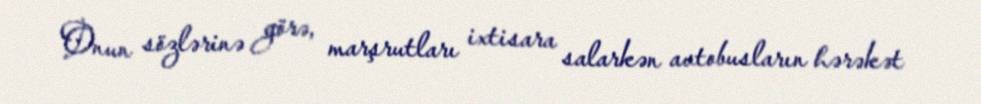
Onun sözlərinə görə, marşrutları ixtisara salarkən avtobusların hərəkət